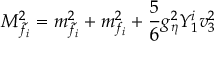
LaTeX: M _ { \tilde { f _ { i } } } ^ { 2 } = m _ { \tilde { f _ { i } } } ^ { 2 } + m _ { f _ { i } } ^ { 2 } + \frac { 5 } { 6 } g _ { \eta } ^ { 2 } Y _ { 1 } ^ { i } v _ { 3 } ^ { 2 }